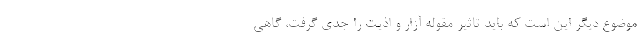
موضوع دیگر این است که باید تاثیر مقوله آزار و اذیت را جدی گرفت، گاهی